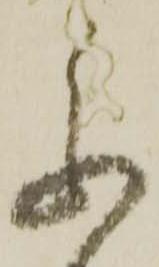
参